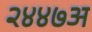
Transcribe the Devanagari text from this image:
२४४७अ